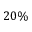
2 0 \%